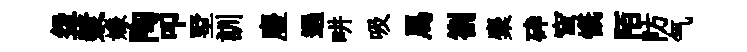
盌漿嫌陶叩墅訓麈遇畊吸馬劄麋砕穹慨陌防气